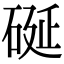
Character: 硟